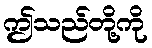
ဤသည်တို့ကို